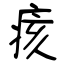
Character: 痎